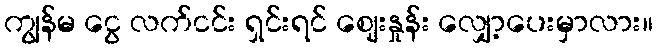
ကျွန်မ ငွေ လက်ငင်း ရှင်းရင် ဈေးနှုန်း လျှော့ပေးမှာလား။